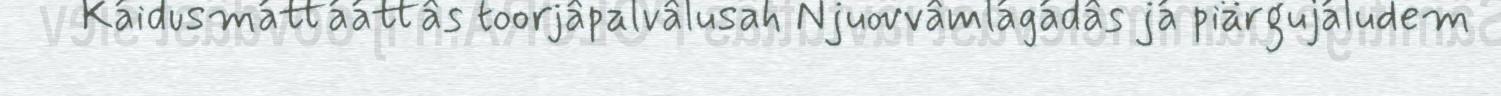
Káidusmáttááttâs toorjâpalvâlusah Njuovvâmlágádâs já piärgujáludem